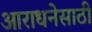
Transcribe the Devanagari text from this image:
आराधनेसाठी